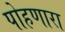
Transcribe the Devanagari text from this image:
पोहणारा